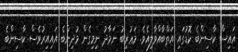
އައިސް ކާސިންބެ ކޮޑުގައި އަތްބާއްވާލިއެވެ. މަޢުރިބު ނަމާދު ނިމިގެން މުދިންބެ އައިއިރުވެސް ކާސިންބެ